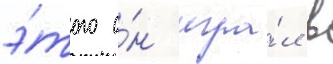
э́того о́н игра́л в